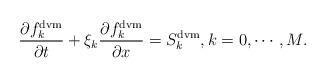
LaTeX: \begin{align*} \frac{\partial f^{\mathrm{dvm}}_k}{\partial t} + \xi_k \frac{\partial f^{\mathrm{dvm}}_k}{\partial x} = S^{\mathrm{dvm}}_k, k = 0, \cdots, M.\end{align*}